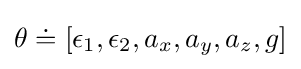
\theta \doteq [\epsilon _{1},\epsilon _{2},a_{x},a_{y},a_{z},g]